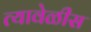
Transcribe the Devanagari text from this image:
त्यावेळीस